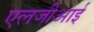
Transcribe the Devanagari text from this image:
एलजीआई